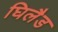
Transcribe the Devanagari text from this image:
घिलैड